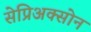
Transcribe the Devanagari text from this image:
सेप्रिअक्सोन